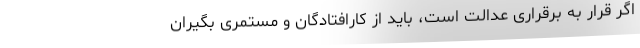
اگر قرار به برقراری عدالت است، باید از کارافتادگان و مستمری بگیران